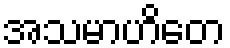
အသမာဟိတေ